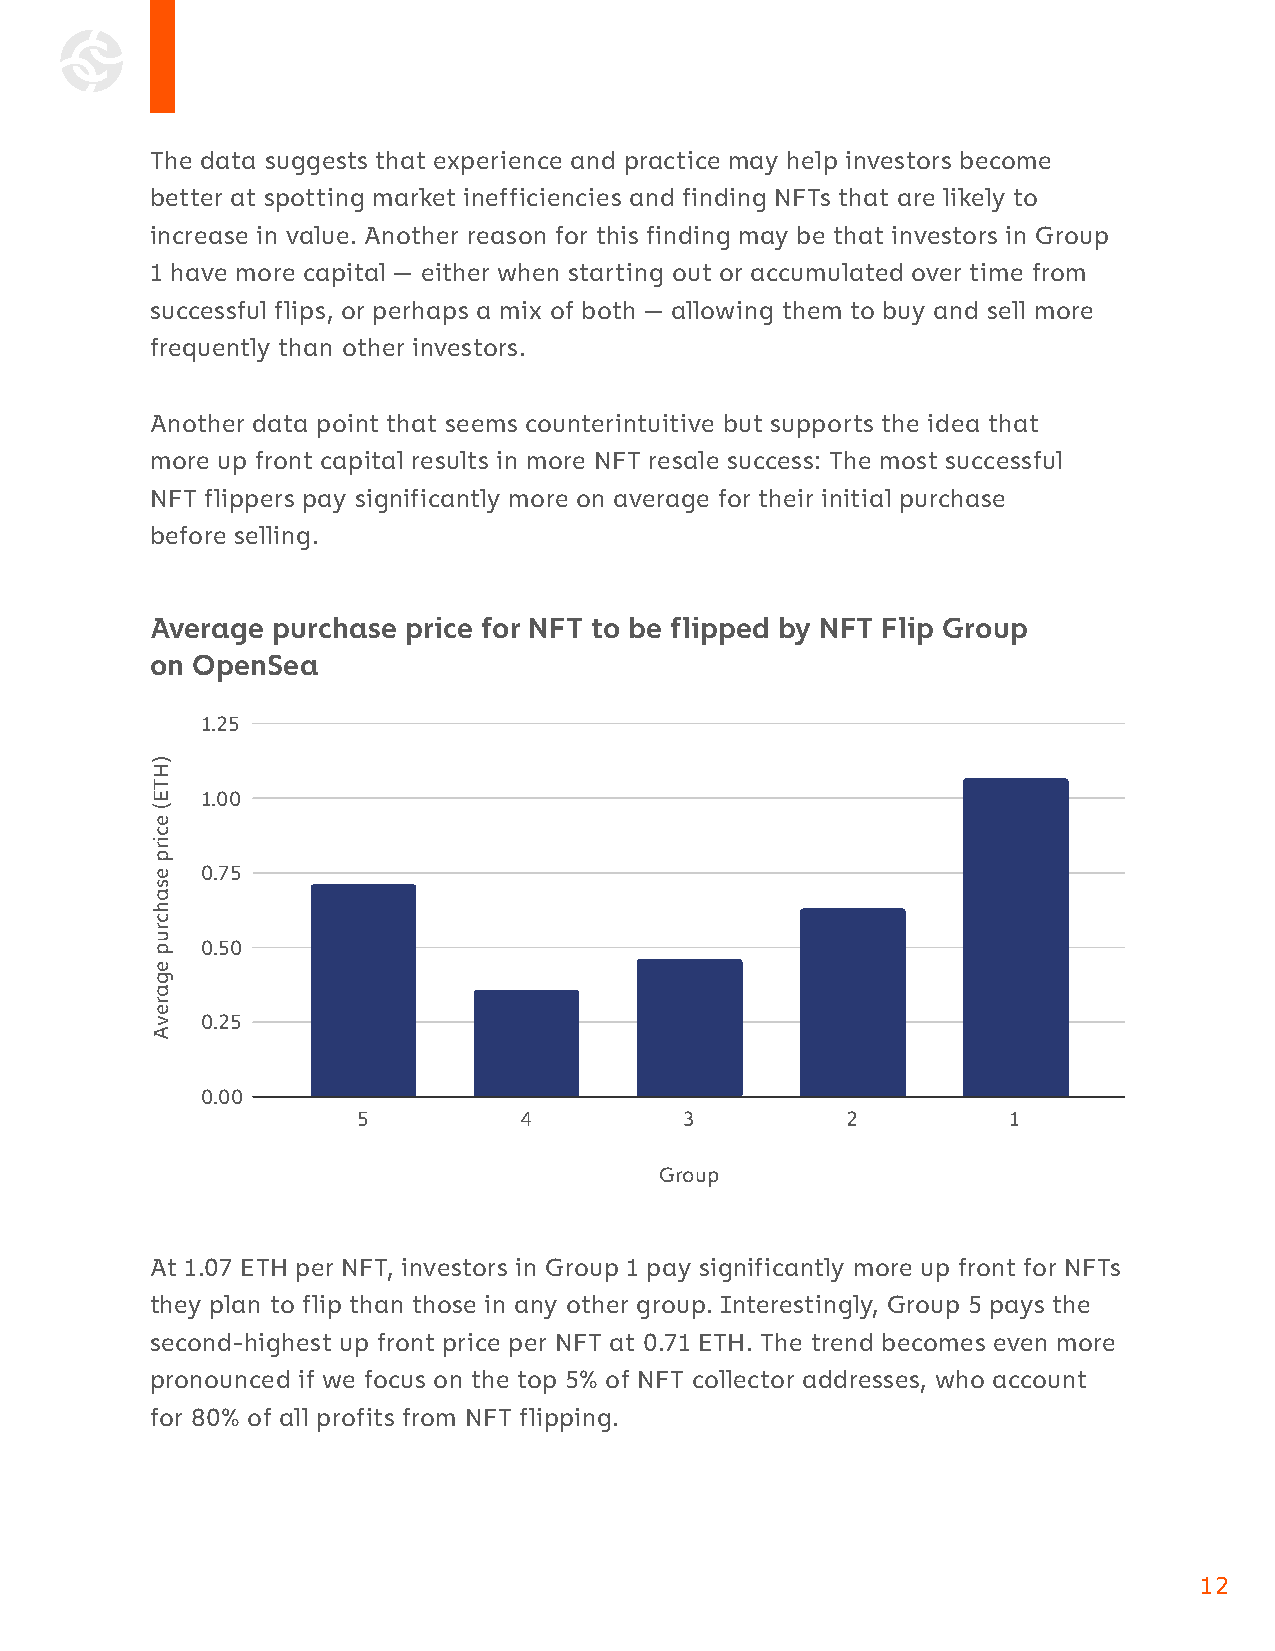
The data suggests that experience and practice may help investors become
 better at spotting market inefficiencies and finding NFTs that are likely to
 increase in value. Another reason for this finding may be that investors in Group
 1 have more capital — either when starting out or accumulated over time from
 successful flips, or perhaps a mix of both — allowing them to buy and sell more
 frequently than other investors.
 Another data point that seems counterintuitive but supports the idea that
 more up front capital results in more NFT resale success: The most successful
 NFT flippers pay significantly more on average for their initial purchase
 before selling.
 Average purchase price for NFT to be flipped by NFT Flip Group
 on OpenSea
 1.25
 1.00
 0.75
 0.50
 0.25
 0.00
 5         4          3          2          1
 Group
 At 1.07 ETH per NFT, investors in Group 1 pay significantly more up front for NFTs
 they plan to flip than those in any other group. Interestingly, Group 5 pays the
 second-highest up front price per NFT at 0.71 ETH. The trend becomes even more
 pronounced if we focus on the top 5% of NFT collector addresses, who account
 for 80% of all profits from NFT flipping.
 12
 )HTE(
 ecirp
 esahcrup
 egarevA